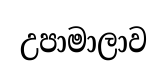
උපාමාලාව